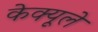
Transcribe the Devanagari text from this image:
केक्यूले